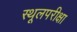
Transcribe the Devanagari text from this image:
स्थूलपरीक्षा